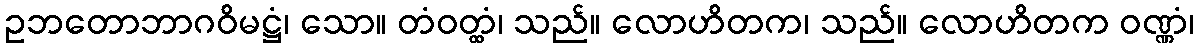
ဥဘတောဘာဂဝိမဋ္ဌံ၊ သော။ တံဝတ္ထံ၊ သည်။ လောဟိတက၊ သည်။ လောဟိတက ဝဏ္ဏံ၊